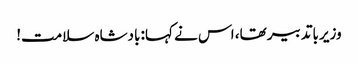
وزیر باتدبیر تھا، اس نے کہا: بادشاہ سلامت!